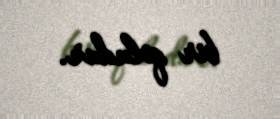
bir qoludur.